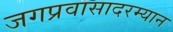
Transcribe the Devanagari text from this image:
जगप्रवासादरम्यान